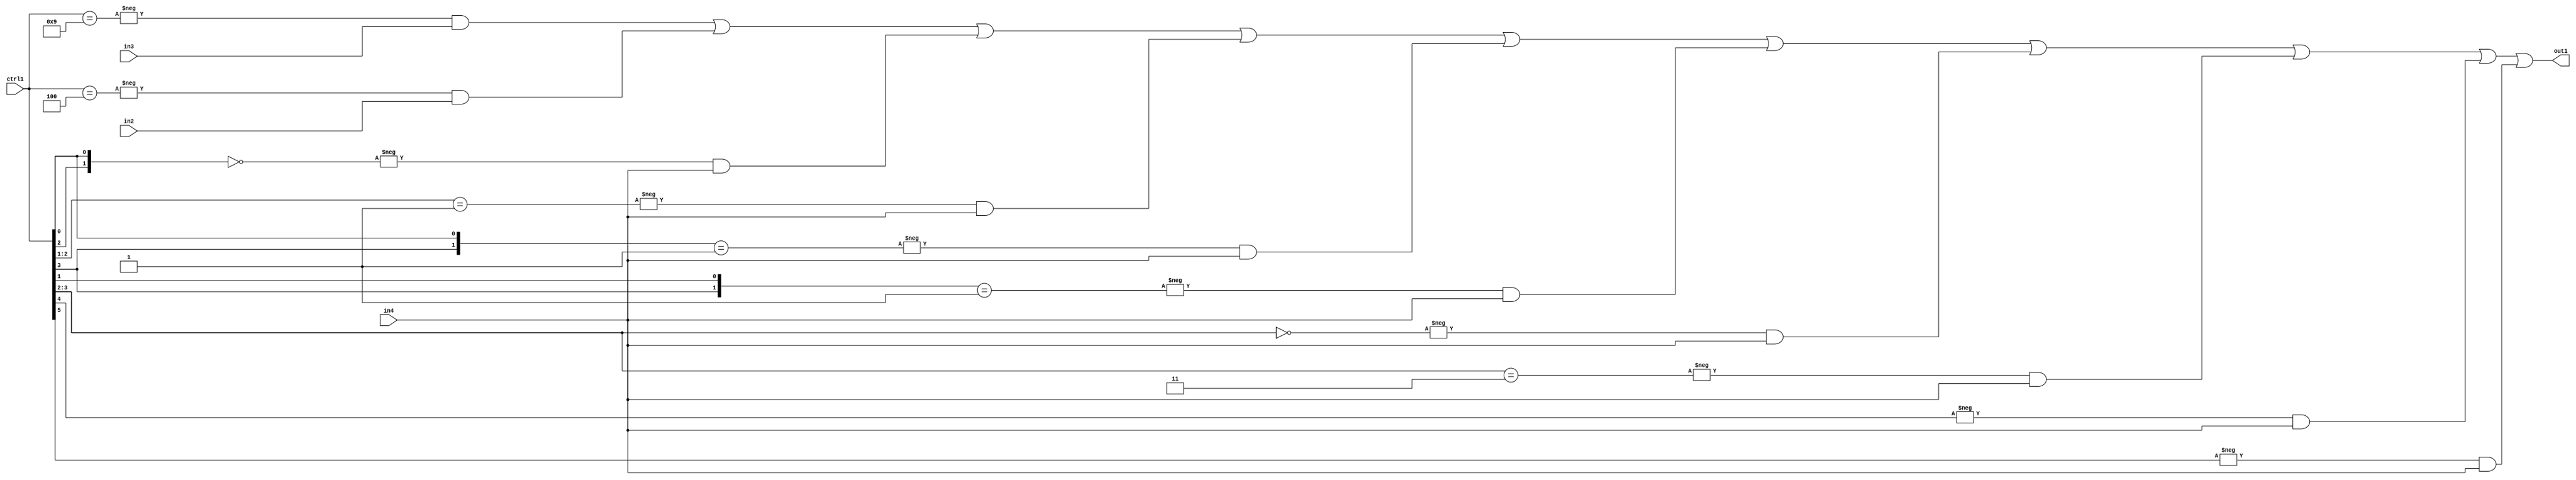
`timescale 1ps / 1ps
/*****************************************************************************
    Verilog RTL Description
    
    
    Created by: Stratus DpOpt 21.05.01 
*******************************************************************************/

module SobelFilter_N_Mux_32_3_77_1 (
	in4,
	in3,
	in2,
	ctrl1,
	out1
	); /* architecture "behavioural" */ 
input [31:0] in4;
input [8:0] in3,
	in2;
input [5:0] ctrl1;
output [31:0] out1;
wire [31:0] asc001;

assign asc001 = 
	-{ctrl1 == 6'B001001} & in3 |
	-{ctrl1 == 6'B000100} & in2 |
	-{{ctrl1[2], ctrl1[0]} == 2'B00} & in4 |
	-{ctrl1[2:1] == 2'B01} & in4 |
	-{{ctrl1[3], ctrl1[0]} == 2'B01} & in4 |
	-{{ctrl1[3], ctrl1[1]} == 2'B01} & in4 |
	-{ctrl1[3:2] == 2'B00} & in4 |
	-{ctrl1[3:2] == 2'B11} & in4 |
	-{ctrl1[4] == 1'B1} & in4 |
	-{ctrl1[5] == 1'B1} & in4 ;

assign out1 = asc001;
endmodule

/* CADENCE  vrj0Qw0= : u9/ySxbfrwZIxEzHVQQV8Q== ** DO NOT EDIT THIS LINE ******/